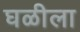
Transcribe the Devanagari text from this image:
घळीला